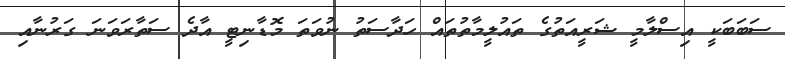
ސަބަބަކީ އިސްލާމީ ޝަރީއަތުގެ ތައުލީމާތުތައް ހަދާސަތު ނުވަތަ މޮޑާނިޓީ އާދެ ސަތާރަވަނަ ގަރުނާއި